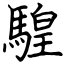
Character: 騜